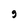
Character: g